Indian journal of veterinary science and animal husbandry - Volumes 18-21, 1948-1951
Year: 1948
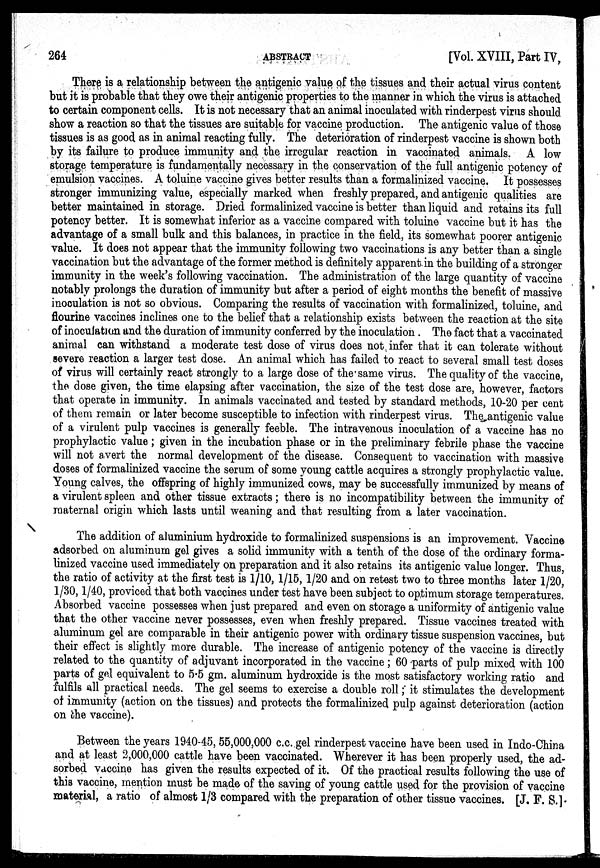
264
ABSTRACT
[Vol. XVIII, Part IV,
There is a relationship between the antigenic value of the tissues and their actual virus content
but it is probable that they owe their antigenic properties to the manner in which the virus is attached
to certain component cells. It is not necessary that an animal inoculated with rinderpest virus should
show a reaction so that the tissues are suitable for vaccine production. The antigenic value of those
tissues is as good as in animal reacting fully. The deterioration of rinderpest vaccine is shown both
by its failure to produce immunity and the irregular reaction in vaccinated animals. A low
storage temperature is fundamentally necessary in the conservation of the full antigenic potency of
emulsion vaccines. A toluine vaccine gives better results than a formalinized vaccine. It possesses
stronger immunizing value, especially marked when freshly prepared, and antigenic qualities are
better maintained in storage. Dried formalinized vaccine is better than liquid and retains its full
potency better. It is somewhat inferior as a vaccine compared with toluine vaccine but it has the
advantage of a small bulk and this balances, in practice in the field, its somewhat poorer antigenic
value. It does not appear that the immunity following two vaccinations is any better than a single
vaccination but the advantage of the former method is definitely apparent in the building of a stronger
immunity in the week's following vaccination. The administration of the large quantity of vaccine
notably prolongs the duration of immunity but after a period of eight months the benefit of massive
inoculation is not so obvious. Comparing the results of vaccination with formalinized, toluine, and
flourine vaccines inclines one to the belief that a relationship exists between the reaction at the site
of inoculation and the duration of immunity conferred by the inoculation . The fact that a vaccinated
animal can withstand a moderate test dose of virus does not infer that it can tolerate without
severe reaction a larger test dose. An animal which has failed to react to several small test doses
of virus will certainly react strongly to a large dose of the same virus. The quality of the vaccine,
the dose given, the time elapsing after vaccination, the size of the test dose are, however, factors
that operate in immunity. In animals vaccinated and tested by standard methods, 10-20 per cent
of them remain or later become susceptible to infection with rinderpest virus. The antigenic value
of a virulent pulp vaccines is generally feeble. The intravenous inoculation of a vaccine has no
prophylactic value ; given in the incubation phase or in the preliminary febrile phase the vaccine
will not avert the normal development of the disease. Consequent to vaccination with massive
doses of formalinized vaccine the serum of some young cattle acquires a strongly prophylactic value.
Young calves, the offspring of highly immunized cows, may be successfully immunized by means of
a virulent spleen and other tissue extracts ; there is no incompatibility between the immunity of
maternal origin which lasts until weaning and that resulting from a later vaccination.
The addition of aluminium hydroxide to formalinized suspensions is an improvement. Vaccine
adsorbed on aluminum gel gives a solid immunity with a tenth of the dose of the ordinary forma-
linized vaccine used immediately on preparation and it also retains its antigenic value longer. Thus,
the ratio of activity at the first test is 1/10, 1/15, 1/20 and on retest two to three months later 1/20,
1/30, 1/40, proviced that both vaccines under test have been subject to optimum storage temperatures.
Absorbed vaccine possesses when just prepared and even on storage a uniformity of antigenic value
that the other vaccine never possesses, even when freshly prepared. Tissue vaccines treated with
aluminum gel are comparable in their antigenic power with ordinary tissue suspension vaccines, but
their effect is slightly more durable. The increase of antigenic potency of the vaccine is directly
related to the quantity of adjuvant incorporated in the vaccine ; 60 parts of pulp mixed with 100
parts of gel equivalent to 5.5 gm. aluminum hydroxide is the most satisfactory working ratio and
fulfils all practical needs. The gel seems to exercise a double roll ; it stimulates the development
of immunity (action on the tissues) and protects the formalinized pulp against deterioration (action
on the vaccine).
Between the years 1940-45, 55,000,000 c.c. gel rinderpest vaccine have been used in Indo-China
and at least 2,000,000 cattle have been vaccinated. Wherever it has been properly used, the ad-
sorbed vaccine has given the results expected of it. Of the practical results following the use of
this vaccine, mention must be made of the saving of young cattle used for the provision of vaccine
material, a ratio of almost 1/3 compared with the preparation of other tissue vaccines. [J. F. S.].